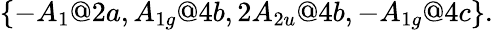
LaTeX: \{ -A_{1}@2a,A_{1g}@4b,2A_{2u}@4b,-A_{1g}@4c\} .